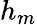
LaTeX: h_{m}